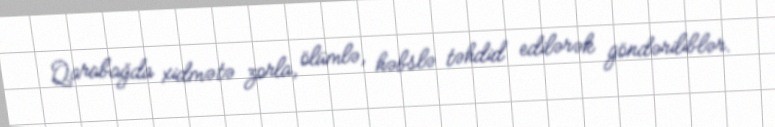
Qarabağda xidmətə zorla, ölümlə, həbslə təhdid edilərək göndəriliblər.